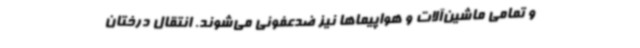
و تمامی ماشین‌آلات و هواپیماها نیز ضدعفونی می‌شوند. انتقال درختان